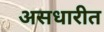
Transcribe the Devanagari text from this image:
असधारीत